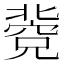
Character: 𥧐